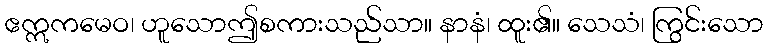
ဧဣကမေဝ၊ ဟူသောဤစကားသည်သာ။ နာနံ၊ ထူး၏။ သေသံ၊ ကြွင်းသော